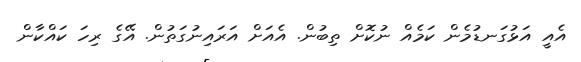
އެއީ އަޅުގަނޑުމެން ކަމެއް ނުކޮށް ތިބުން. އެއަށް އަރައިނުގަތުން. އޭގެ ރިހަ ކައްކާން